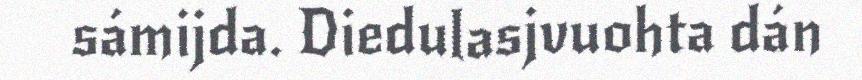
sámijda. Diedulasjvuohta dán